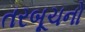
તરબૂચનો